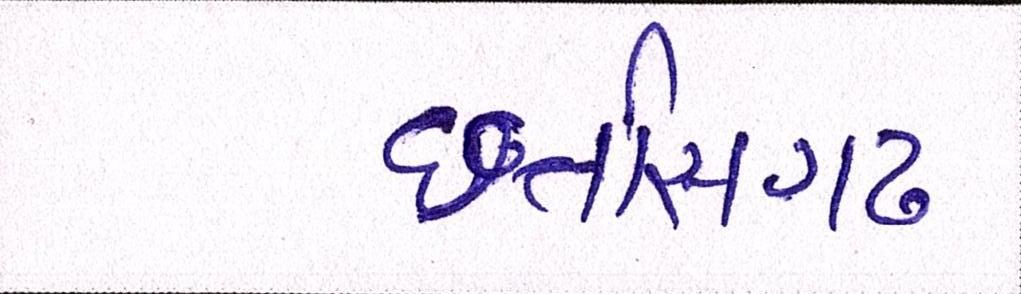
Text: છત્તીસગઢ